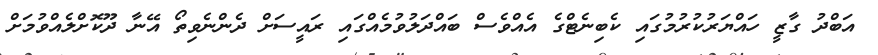
އަބްދު ގާޒީ ހައްޔަރުކުރުމުގައި ކެބިނެޓްގެ އެއްވެސް ބައްދަލުވުމެއްގައި ރައީސަށް ދެންނެވިތޯ އޭނާ ދޫކޮށްލެއްވުމަށް